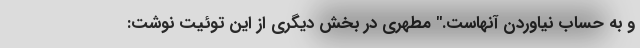
و به حساب نیاوردن آنهاست." مطهری در بخش دیگری از این توئیت نوشت: